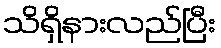
သိရှိနားလည်ပြီး